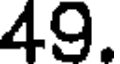
49.